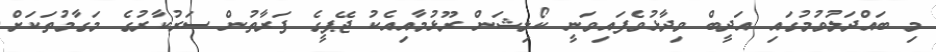
މި ބައްދަލުވުމުގައި އަދީބް ވިދާޅުވެފައިވަނީ ކޯލިޝަން ރޫޅުމާއިއެކު ޖޭޕީގެ ފަރާތުން ސަރުކާރުގެ މަގާމުތަކަށް